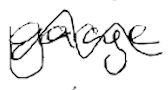
Text: garage
Cross-out: wave
Writing tool: digital_black